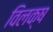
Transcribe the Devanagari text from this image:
विलक्ष